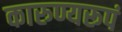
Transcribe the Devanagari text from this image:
कारुण्यरूपं